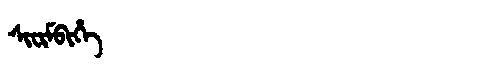
Manchu: ᠰᡳᠸᡳᠮᠪᡳᡥᡝ
Romanization: SIFIMBIHE